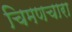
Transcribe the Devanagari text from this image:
चिमणचारा